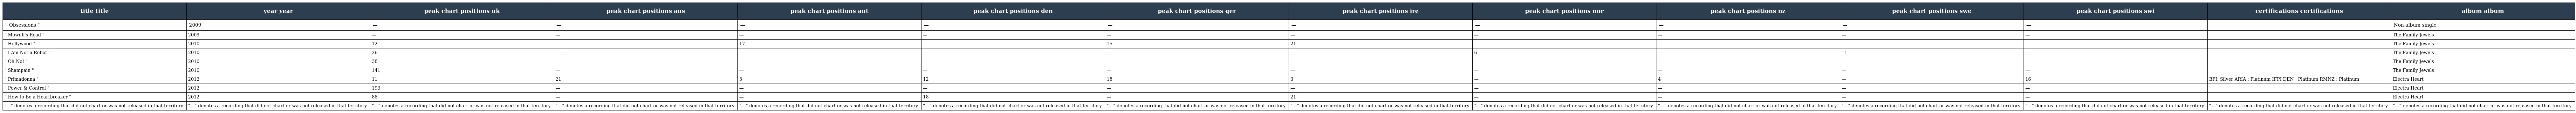
| title title | year year | peak chart positions uk | peak chart positions aus | peak chart positions aut | peak chart positions den | peak chart positions ger | peak chart positions ire | peak chart positions nor | peak chart positions nz | peak chart positions swe | peak chart positions swi | certifications certifications | album album |
 | --- | --- | --- | --- | --- | --- | --- | --- | --- | --- | --- | --- | --- | --- |
 | " Obsessions " | 2009 | — | — | — | — | — | — | — | — | — | — |  | Non-album single |
 | " Mowgli's Road " | 2009 | — | — | — | — | — | — | — | — | — | — |  | The Family Jewels |
 | " Hollywood " | 2010 | 12 | — | 17 | — | 15 | 21 | — | — | — | — |  | The Family Jewels |
 | " I Am Not a Robot " | 2010 | 26 | — | — | — | — | — | 6 | — | 11 | — |  | The Family Jewels |
 | " Oh No! " | 2010 | 38 | — | — | — | — | — | — | — | — | — |  | The Family Jewels |
 | " Shampain " | 2010 | 141 | — | — | — | — | — | — | — | — | — |  | The Family Jewels |
 | " Primadonna " | 2012 | 11 | 21 | 3 | 12 | 18 | 3 | — | 4 | — | 16 | BPI: Silver ARIA : Platinum IFPI DEN : Platinum RMNZ : Platinum | Electra Heart |
 | " Power & Control " | 2012 | 193 | — | — | — | — | — | — | — | — | — |  | Electra Heart |
 | " How to Be a Heartbreaker " | 2012 | 88 | — | — | 18 | — | 21 | — | — | — | — |  | Electra Heart |
 | "—" denotes a recording that did not chart or was not released in that territory. | "—" denotes a recording that did not chart or was not released in that territory. | "—" denotes a recording that did not chart or was not released in that territory. | "—" denotes a recording that did not chart or was not released in that territory. | "—" denotes a recording that did not chart or was not released in that territory. | "—" denotes a recording that did not chart or was not released in that territory. | "—" denotes a recording that did not chart or was not released in that territory. | "—" denotes a recording that did not chart or was not released in that territory. | "—" denotes a recording that did not chart or was not released in that territory. | "—" denotes a recording that did not chart or was not released in that territory. | "—" denotes a recording that did not chart or was not released in that territory. | "—" denotes a recording that did not chart or was not released in that territory. | "—" denotes a recording that did not chart or was not released in that territory. | "—" denotes a recording that did not chart or was not released in that territory. |